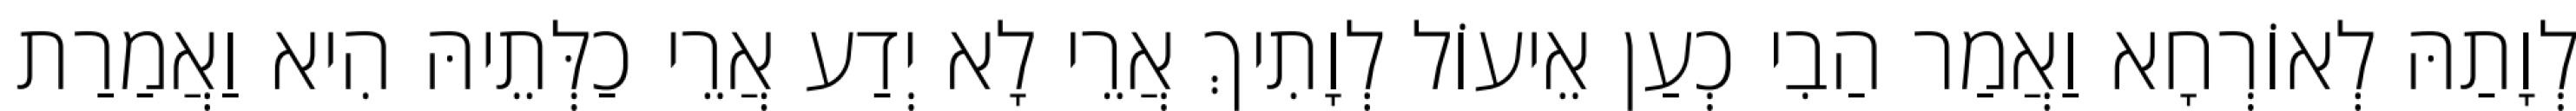
לְוָתַהּ לְאוֹרְחָא וַאֲמַר הַבִי כְעַן אֵיעוֹל לְוָתִיךְ אֲרֵי לָא יְדַע אֲרֵי כַלְּתֵיהּ הִיא וַאֲמַרַת